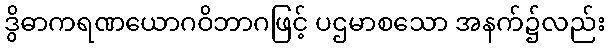
ဒွိဓာကရဏယောဂဝိဘာဂဖြင့် ပဌမာစသော အနက်၌လည်း